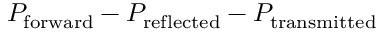
P _ { \mathrm { f o r w a r d } } - P _ { \mathrm { r e f l e c t e d } } - P _ { \mathrm { t r a n s m i t t e d } }